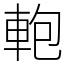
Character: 軳